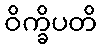
ဝိက္ခိပတိ